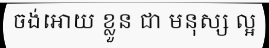
ចង់អោយ ខ្លួន ជា មនុស្ស ល្អ